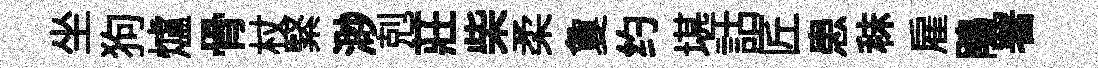
坐狗爐骨杖緊渺剋莊柴柔夐约堪詁匠患秣雇鵑署